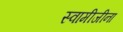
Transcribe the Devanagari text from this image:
स्वामीजीना